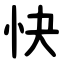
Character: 快